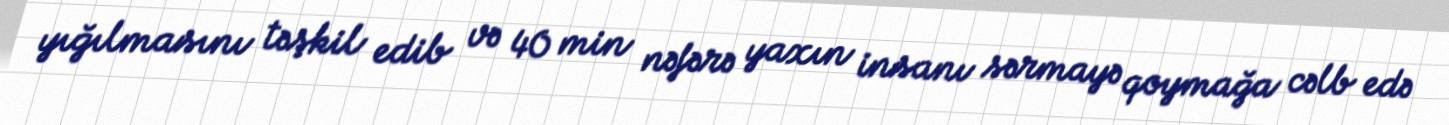
yığılmasını təşkil edib və 40 min nəfərə yaxın insanı sərmayə qoymağa cəlb edə